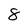
Character: 8